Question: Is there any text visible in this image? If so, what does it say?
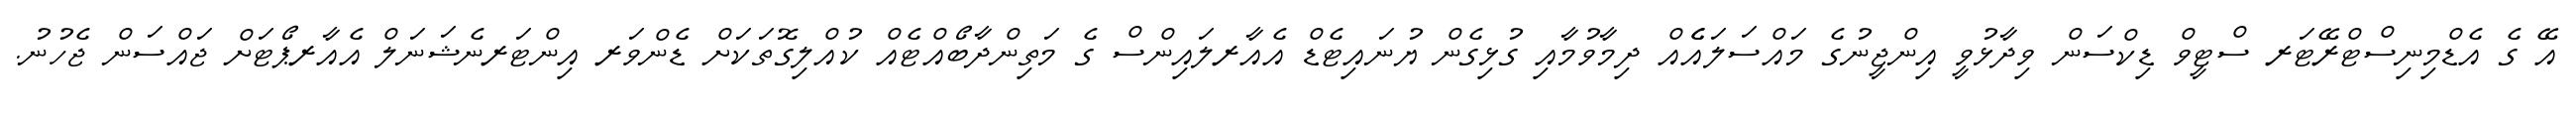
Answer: އޭ ގެ އެޑްމިނިސްޓްރޭޓަރ ސްޓީވް ޑިކްސަން ވިދާޅުވީ އިންޖީނުގެ މައްސަލައެެއް ދިމާވުމާއި ގުޅިގެން ޔުނައިޓެޑް އެއާރލައިންސް ގެ މަތިންދާބޯއްޓެއް ކުއްލިގޮތަކަށް ޑެންވަރ އިންޓަރނެޝަނަލް އެއާރޕޯޓަށް ޖައްސަން ޖެހުނު.